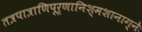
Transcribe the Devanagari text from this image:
तत्रपात्राणिपूर्णानिश्मशानाग्नेः